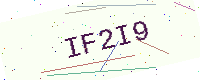
Text: IF2I9